Mental hospitals Bombay report 1921-28 - 1921-1928
Year: 1921
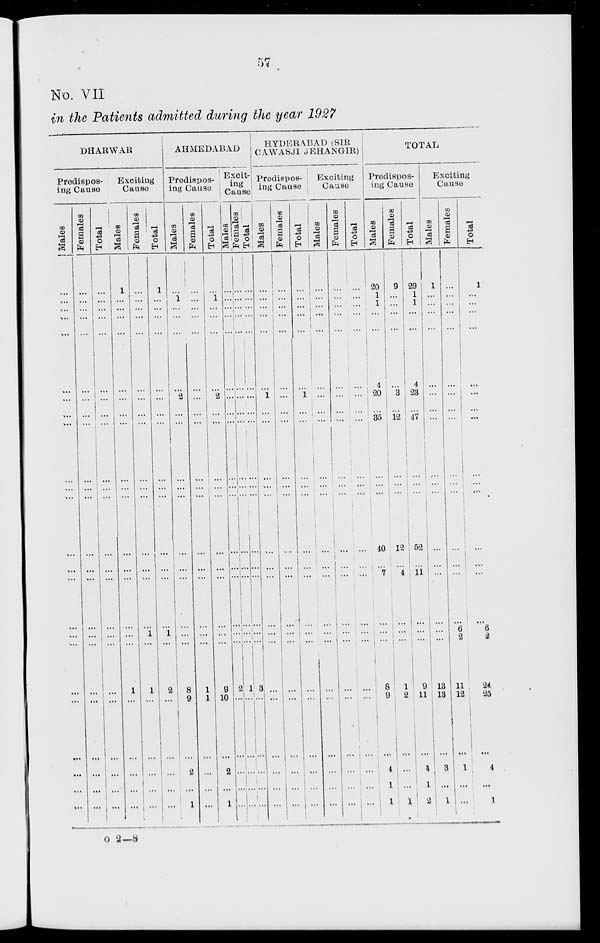
57
No. VII
in the Patients admitted during the year 1927
DHARWAR
Predispos-
ing Cause
Males
...
...
...
...
...
...
...
...
...
...
...
...
...
...
...
...
...
...
...
...
...
...
...
...
Females
...
...
...
...
...
...
...
...
...
...
...
...
...
...
...
...
...
...
...
...
...
...
...
...
Total
...
...
...
...
...
...
...
...
...
...
...
...
...
...
...
...
...
...
...
...
...
...
...
...
Exciting
Cause
Males
1
...
...
...
...
...
...
...
...
...
...
...
...
...
...
...
...
...
1
...
...
...
...
...
Females
...
...
...
...
...
...
...
...
...
...
...
...
...
...
...
...
1
...
1
...
...
...
...
...
Total
1
...
...
...
...
...
...
...
...
...
...
...
...
...
...
...
1
...
2
...
...
...
...
...
AHMEDABAD
Predispos-
ing Cause
Males
...
1 ...
...
...
...
2
...
...
...
...
...
...
...
...
...
...
...
8
9
...
2
...
1
Females
...
...
...
...
...
...
...
...
...
...
...
...
...
...
...
...
...
...
1
1
...
...
...
...
Total
...
1
...
...
...
...
2
...
...
...
...
...
...
...
...
...
...
...
9
10
...
2
...
1
Excit¬
ing
Cause
Males
...
...
...
...
...
...
...
...
...
...
...
...
...
...
...
...
...
...
2
...
...
...
...
...
Females
...
...
...
...
...
...
...
...
...
...
...
...
...
...
...
...
...
...
1
...
...
...
...
...
Total
...
...
...
...
...
...
...
...
...
...
...
...
...
...
...
...
...
...
3
...
...
...
...
...
HYDERABAD (SIR
CAWASJI JEHANGIR)
Predispos-
ing Cause
Males
...
...
...
...
...
...
1
...
...
...
...
...
...
...
...
...
...
...
...
...
...
...
...
...
Females
...
...
...
...
...
...
...
...
...
...
...
...
...
...
...
...
...
...
...
...
...
...
...
...
Total
...
...
...
...
...
...
1
...
...
...
...
...
...
...
...
...
...
...
...
...
...
...
...
...
Exciting
Cause
Males
...
...
...
...
...
...
...
...
...
...
...
...
...
...
...
...
...
...
...
...
...
...
...
...
Females
...
...
...
...
...
...
...
...
...
...
...
...
...
...
...
...
...
...
...
...
...
...
...
...
Total
...
...
...
...
...
...
...
...
...
...
...
...
...
...
...
...
...
...
...
...
...
...
...
...
TOTAL
Predispos-
ing Cause
Males
20
1
1
...
...
4
20
...
35
...
...
...
40
...
7
...
...
...
8
9
...
4
1
1
Females
9
...
...
...
...
...
3
...
12
...
...
...
12
...
4
...
...
...
1
2
...
...
...
1
Total
29
1
1
...
...
4
23
...
47
...
...
...
52
...
11
...
...
...
9
11
...
4
1
2
Exciting
Cause
Males
1
...
...
...
...
...
...
...
...
...
...
...
...
...
...
...
...
...
13
13
...
3
...
1
Females
...
...
...
...
...
...
...
...
...
...
...
...
...
...
...
...
6
2
11
12
...
1
...
...
Total
1
...
...
...
...
...
...
...
...
...
...
...
...
...
...
...
6
2
24
25
...
4
...
1
o 2—8